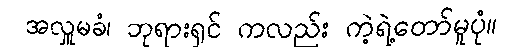
အလှူမခံ၊ ဘုရားရှင် ကလည်း ကဲ့ရဲ့တော်မူပုံ။